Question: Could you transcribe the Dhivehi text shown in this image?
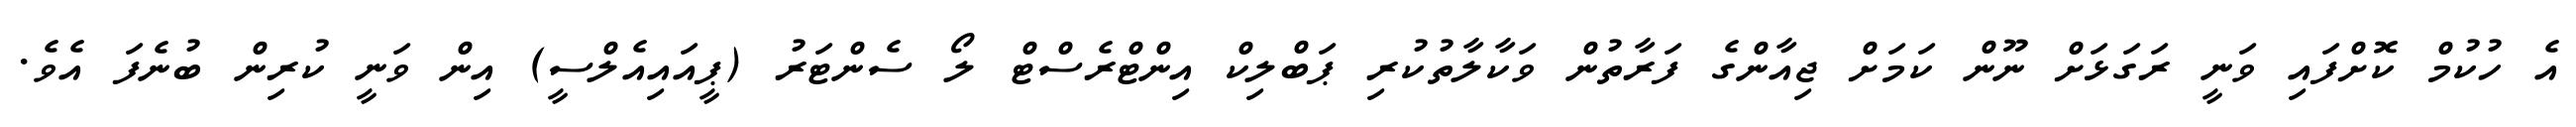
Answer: އެ ހުކުމް ކޮށްފައި ވަނީ ރަގަޅަށް ނޫން ކަމަށް ޖިއާންގެ ފަރާތުން ވަކާލާތުކުރި ޕަބްލިކް އިންޓްރެސްޓް ލޯ ސެންޓަރު (ޕީއައިއެލްސީ) އިން ވަނީ ކުރިން ބުނެފަ އެވެ.